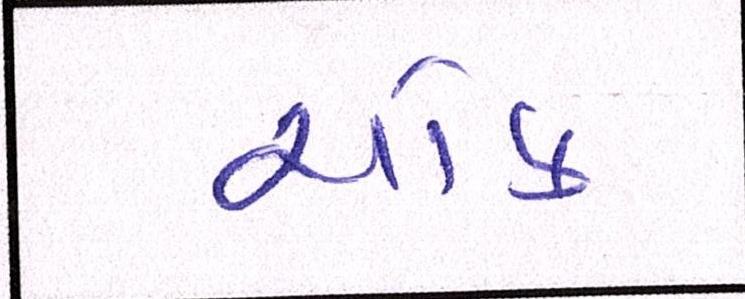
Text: ચોક